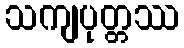
သကျပုတ္တဿ